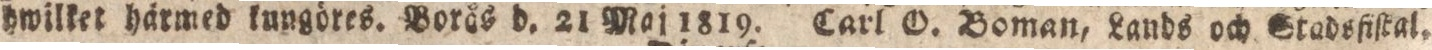
hwilket härmed kungöres. Borås d. 21 Maj 1819. Carl O.. Boman, Lands och Stadsfiſtal.